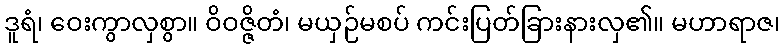
ဒူရံ၊ ဝေးကွာလှစွာ။ ဝိဝဇ္ဇိတံ၊ မယှဉ်မစပ် ကင်းပြတ်ခြားနားလှ၏။ မဟာရာဇ၊